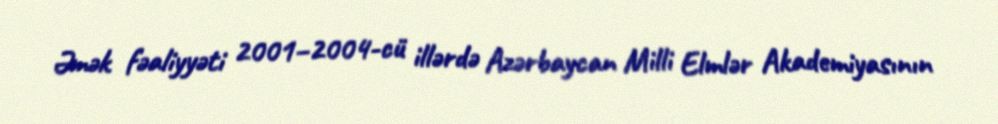
Əmək fəaliyyəti 2001–2004-cü illərdə Azərbaycan Milli Elmlər Akademiyasının